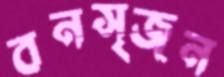
বনসৃজন